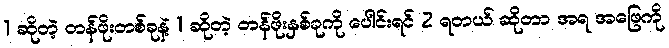
1 ဆိုတဲ့ တန်ဖိုးတစ်ခုနဲ့ 1 ဆိုတဲ့ တန်ဖိုးနှစ်ခုကို ပေါင်းရင် 2 ရတယ် ဆိုတာ အရ အဖြေကို